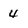
Character: 4